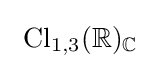
\ \mathrm {Cl} _{1,3}(\mathbb {R} )_{\mathbb {C} }\